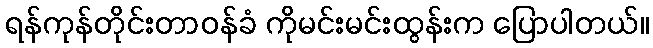
ရန်ကုန်တိုင်းတာဝန်ခံ ကိုမင်းမင်းထွန်းက ပြောပါတယ်။